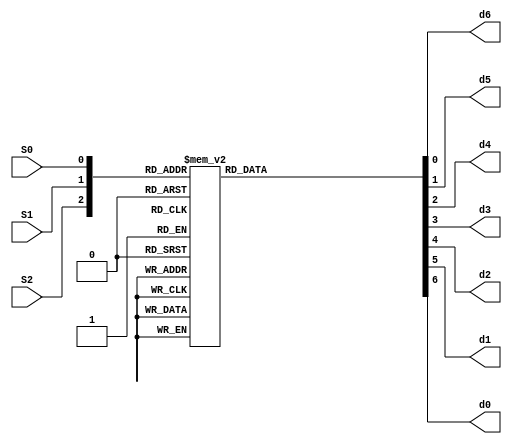
`timescale 1ns / 1ps
//////////////////////////////////////////////////////////////////////////////////
// Company: 
// Engineer: 
// 
// Design Name: 
// Module Name: yimaqi
// Project Name: 
// Target Devices: 
// Tool Versions: 
// Description: 
// 
// Dependencies: 
// 
// Revision:
// Revision 0.01 - File Created
// Additional Comments:
// 
//////////////////////////////////////////////////////////////////////////////////

module Three_to_Seven(S0, S1, S2, d6, d5, d4, d3, d2, d1, d0);
    input wire S0, S1, S2;
    output reg d0, d1, d2, d3, d4, d5, d6;
    
    always @ (S0 or S1 or S2)
    begin
      case({S2,S1,S0})
        3'b000: {d0,d1,d2,d3,d4,d5,d6} = 7'b111_1110;
        3'b001: {d0,d1,d2,d3,d4,d5,d6} = 7'b111_1101;
        3'b010: {d0,d1,d2,d3,d4,d5,d6} = 7'b111_1011;
        3'b011: {d0,d1,d2,d3,d4,d5,d6} = 7'b111_0111;
        3'b100: {d0,d1,d2,d3,d4,d5,d6} = 7'b110_1111;
        3'b101: {d0,d1,d2,d3,d4,d5,d6} = 7'b101_1111;
        3'b110: {d0,d1,d2,d3,d4,d5,d6} = 7'b011_1111;
        3'b111: {d0,d1,d2,d3,d4,d5,d6} = 7'b011_1111;
      endcase
    end
    
endmodule